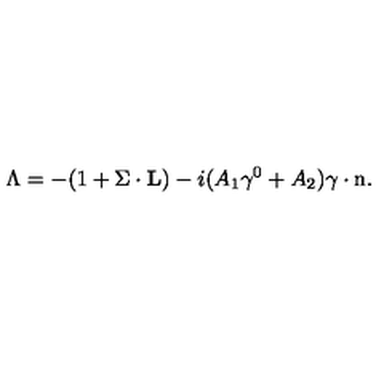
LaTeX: \Lambda = - ( 1 + { { \mathrm { \boldmath \Sigma } } \cdot { \bf L } } ) - i ( A _ { 1 } \gamma ^ { 0 } + A _ { 2 } ) { \mathrm { \boldmath \gamma } } \cdot { \mathrm { \boldmath n } } .